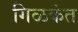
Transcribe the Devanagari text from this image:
गिळकंत